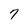
Character: 7